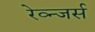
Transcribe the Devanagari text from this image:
रेव्न्जर्स